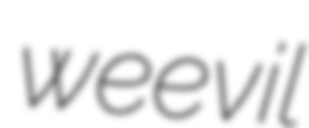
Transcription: weevil